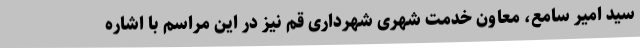
سید امیر سامع، معاون خدمت شهری شهرداری قم نیز در این مراسم با اشاره